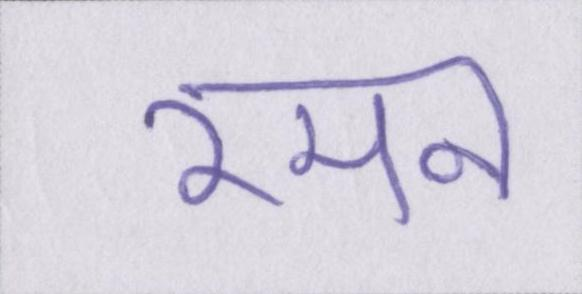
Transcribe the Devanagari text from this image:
रमन